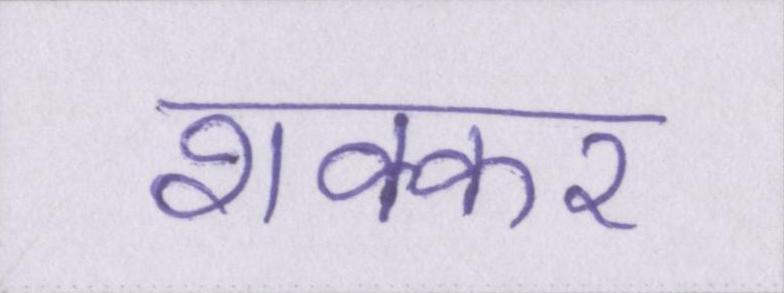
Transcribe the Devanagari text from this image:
शक्कर